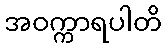
အဝက္ကာရပါတိ